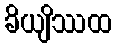
ခိယျိဿထ